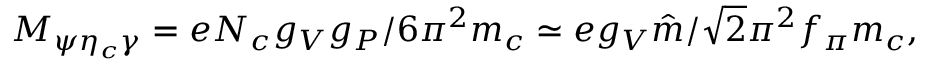
M _ { \psi \eta _ { c } \gamma } = e N _ { c } g _ { V } g _ { P } / 6 \pi ^ { 2 } m _ { c } \simeq e g _ { V } \hat { m } / \sqrt { 2 } \pi ^ { 2 } f _ { \pi } m _ { c } ,